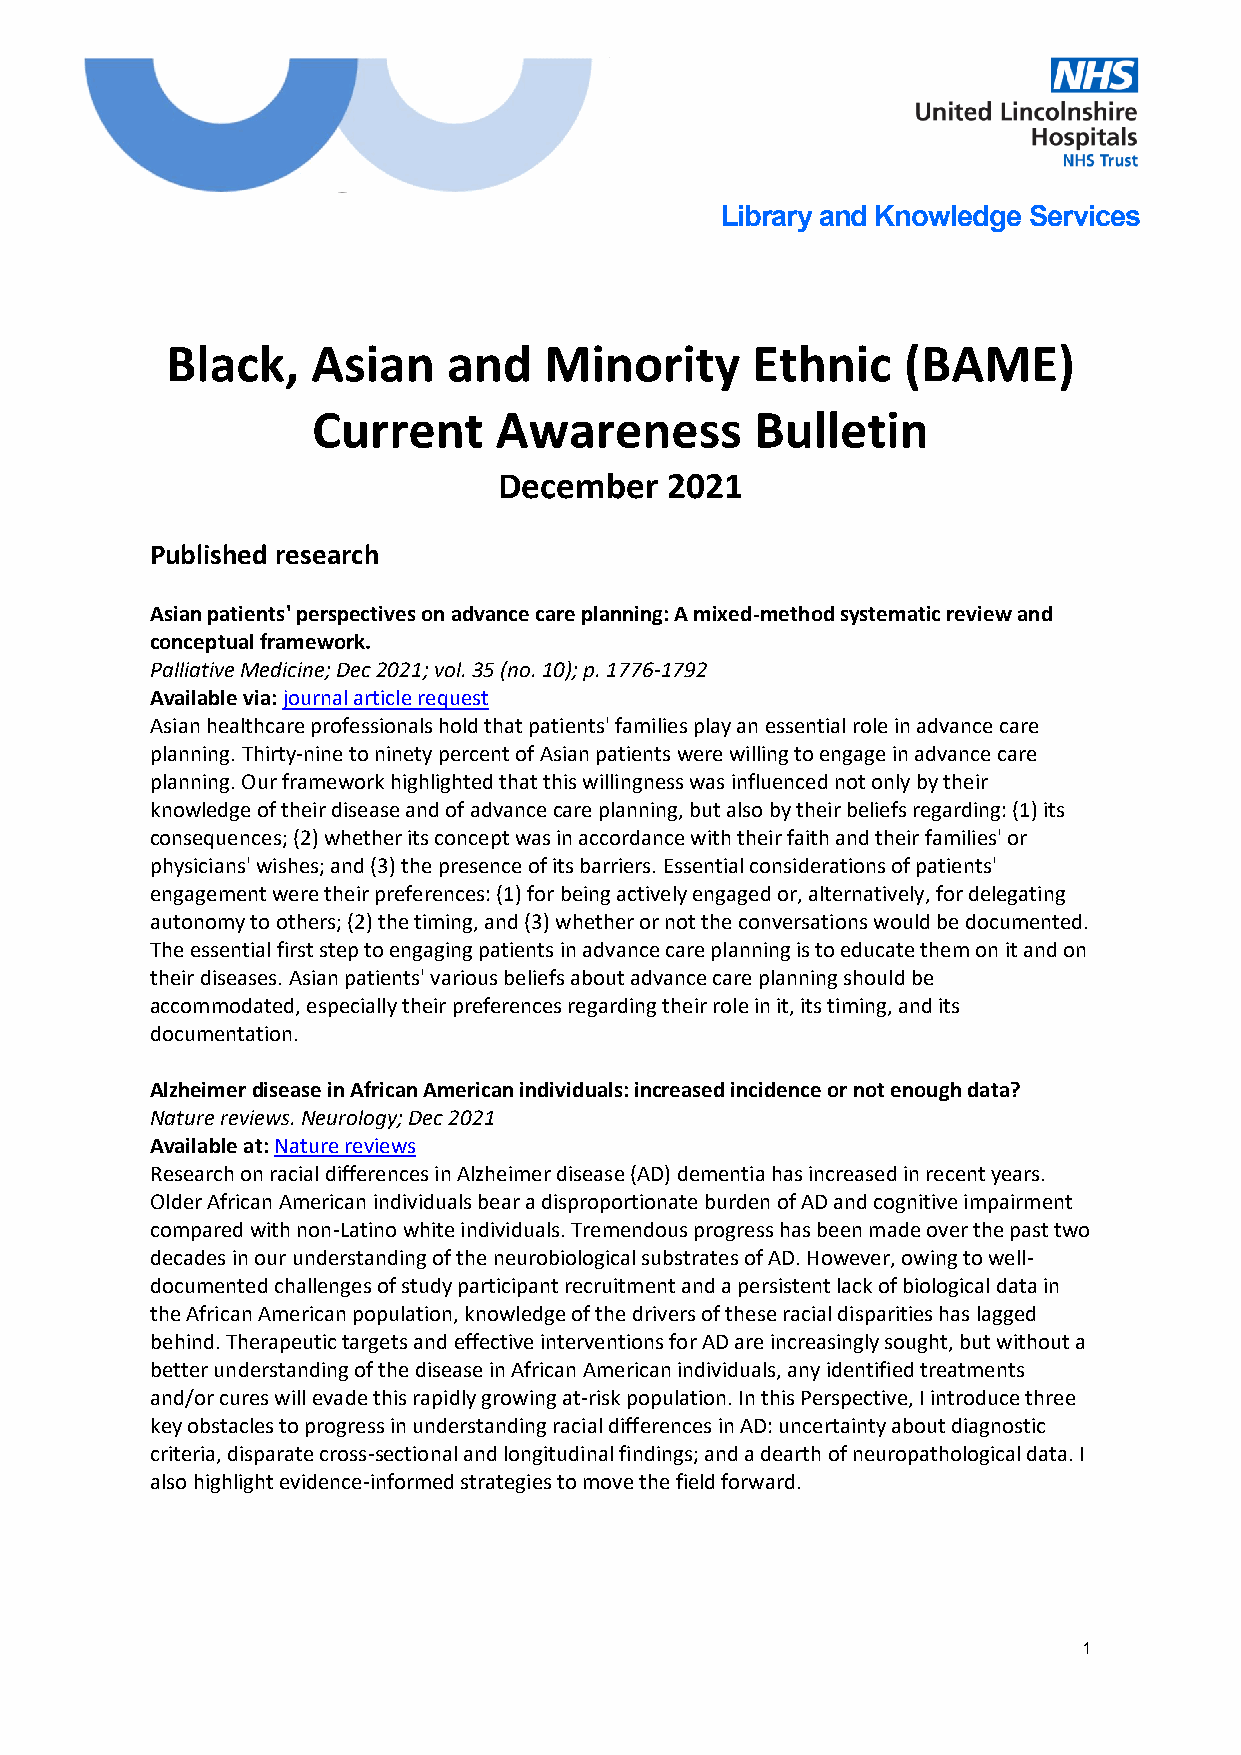
Library and Knowledge Services
 Black,    Asian    and   Minority      Ethnic    (BAME)
 Current     Awareness        Bulletin
 December   2021
 Published research
 Asian patients' perspectives on advance care planning: A mixed-method systematic review and
 conceptual framework.
 Palliative Medicine; Dec 2021; vol. 35 (no. 10); p. 1776-1792
 Available via: journal article request
 Asian healthcare professionals hold that patients' families play an essential role in advance care
 planning. Thirty-nine to ninety percent of Asian patients were willing to engage in advance care
 planning. Our framework highlighted that this willingness was influenced not only by their
 knowledge of their disease and of advance care planning, but also by their beliefs regarding: (1) its
 consequences; (2) whether its concept was in accordance with their faith and their families' or
 physicians' wishes; and (3) the presence of its barriers. Essential considerations of patients'
 engagement were their preferences: (1) for being actively engaged or, alternatively, for delegating
 autonomy to others; (2) the timing, and (3) whether or not the conversations would be documented.
 The essential first step to engaging patients in advance care planning is to educate them on it and on
 their diseases. Asian patients' various beliefs about advance care planning should be
 accommodated, especially their preferences regarding their role in it, its timing, and its
 documentation.
 Alzheimer disease in African American individuals: increased incidence or not enough data?
 Nature reviews. Neurology; Dec 2021
 Available at: Nature reviews
 Research on racial differences in Alzheimer disease (AD) dementia has increased in recent years.
 Older African American individuals bear a disproportionate burden of AD and cognitive impairment
 compared with non-Latino white individuals. Tremendous progress has been made over the past two
 decades in our understanding of the neurobiological substrates of AD. However, owing to well-
 documented challenges of study participant recruitment and a persistent lack of biological data in
 the African American population, knowledge of the drivers of these racial disparities has lagged
 behind. Therapeutic targets and effective interventions for AD are increasingly sought, but without a
 better understanding of the disease in African American individuals, any identified treatments
 and/or cures will evade this rapidly growing at-risk population. In this Perspective, I introduce three
 key obstacles to progress in understanding racial differences in AD: uncertainty about diagnostic
 criteria, disparate cross-sectional and longitudinal findings; and a dearth of neuropathological data. I
 also highlight evidence-informed strategies to move the field forward.
 1